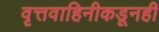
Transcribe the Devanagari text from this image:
वृत्तवाहिनीकडूनही